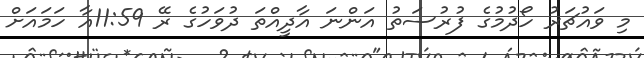
މި ވައުޗަރު ހޯދުމުގެ ފުރުސަތު އަންނަ އާދީއްތަ ދުވަހުގެ ރޭ 11:59އާ ހަމައަށް